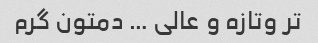
تر وتازه و عالی … دمتون گرم